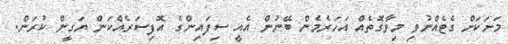
މަށަކަށް ގެޓެއްނުވި މިވާގޮތެއް އަހަރެމެން ބޭނުން އެއީ ސިފައިންގެ އޮފިސަރެއްކަން ޔަގީން ކުރަން.